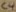
Text: C4